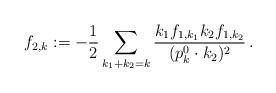
LaTeX: \begin{align*}f_{2,k}:=-\frac{1}{2}\sum_{k_1+k_2=k}\frac{k_1 f_{1,k_1} k_2 f_{1,k_2}}{(p^0_k\cdot k_2)^2}\,.\end{align*}